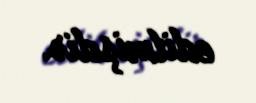
edilmişdir.